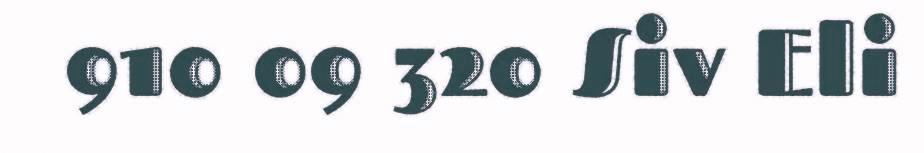
910 09 320 Siv Eli